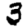
Digit: 3